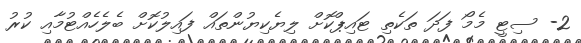
2- ސިޓީ މެމޯ ފަދަ ތަކެތި ޓައިޕްކޮށް ލިޔެކިޔުންތައް ފައިލުކޮށް ބެލެހެއްޓުމާއި ކުރު